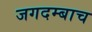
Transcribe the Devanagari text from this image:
जगदम्बाच